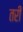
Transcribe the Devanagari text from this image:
तरी